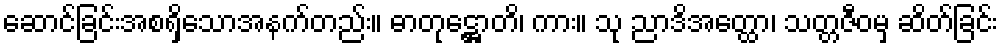
ဆောင်ခြင်းအစရှိသောအနက်တည်း။ ဓာတုဋ္ဌောတိ၊ ကား။ သု ညာဒိအတ္ထော၊ သတ္တဇီဝမှ ဆိတ်ခြင်း